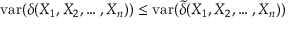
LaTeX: \operatorname { v a r } ( \delta ( X _ { 1 } , X _ { 2 } , \ldots , X _ { n } ) ) \leq \operatorname { v a r } ( { \tilde { \delta } } ( X _ { 1 } , X _ { 2 } , \ldots , X _ { n } ) )